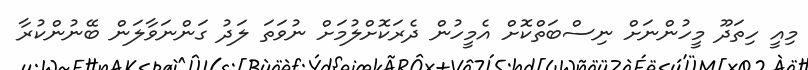
މިއީ ހިތަދޫ މީހުންނަށް ނިސްބަތްކޮށް އެމީހުން ދެރަކޮށްލުމަށް ނުވަތަ ލަދު ގަންނަވާލަން ބޭނުންކުރާ